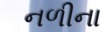
નળીના